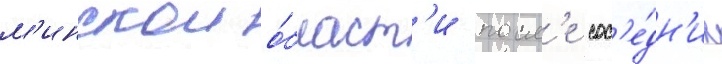
м'инскои о́бласт'и посл'е сос'е́дн'их